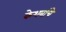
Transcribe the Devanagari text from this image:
केशवांचे